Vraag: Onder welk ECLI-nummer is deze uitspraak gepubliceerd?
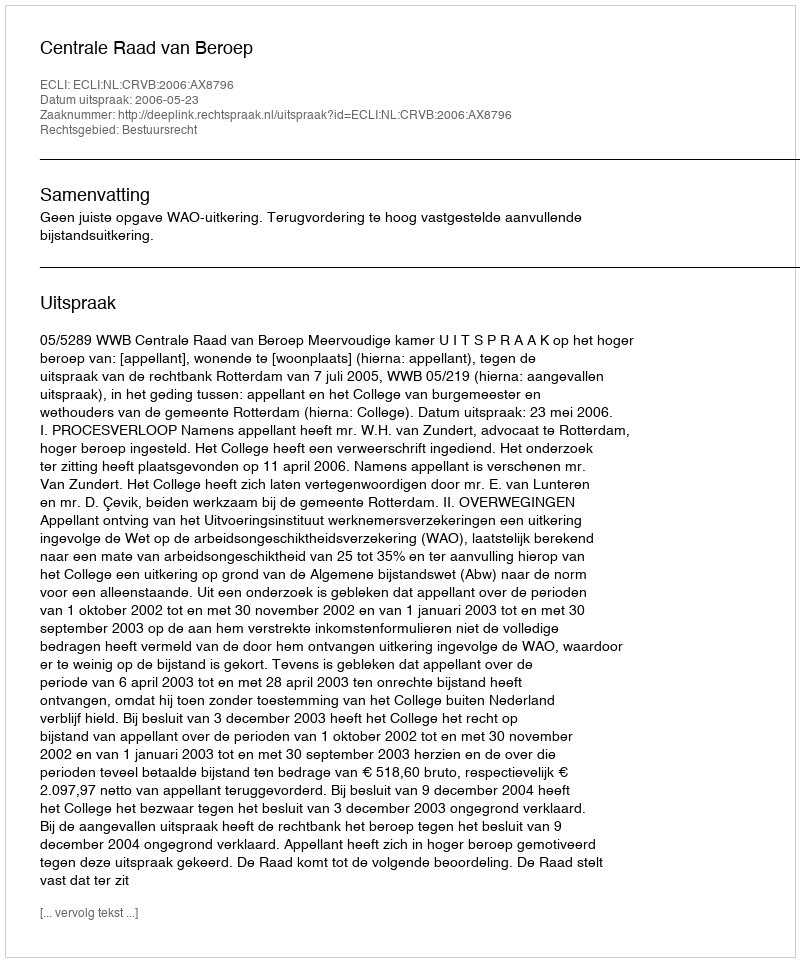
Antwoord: ECLI:NL:CRVB:2006:AX8796